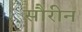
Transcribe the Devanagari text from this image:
सौरीन